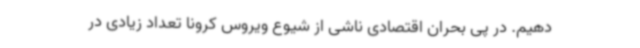
دهیم. در پی بحران اقتصادی ناشی از شیوع ویروس کرونا تعداد زیادی در